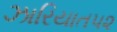
ઝારિયાત૫૨